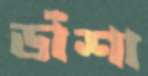
ডাঁশা